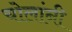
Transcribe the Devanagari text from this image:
चोलांनी